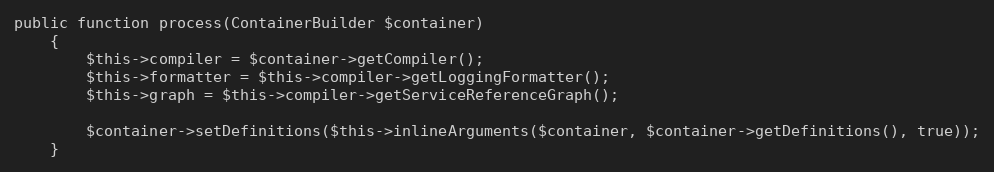
Language: PHP
public function process(ContainerBuilder $container)
    {
        $this->compiler = $container->getCompiler();
        $this->formatter = $this->compiler->getLoggingFormatter();
        $this->graph = $this->compiler->getServiceReferenceGraph();

        $container->setDefinitions($this->inlineArguments($container, $container->getDefinitions(), true));
    }